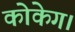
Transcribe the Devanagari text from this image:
कोकेग।